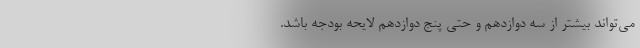
می‌تواند بیشتر از سه دوازدهم و حتی پنج دوازدهم لایحه بودجه باشد.